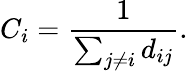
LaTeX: C_{i}=\frac{1}{\sum_{j\neq i}d_{ij}}.